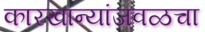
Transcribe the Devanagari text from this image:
कारखान्यांजवळचा